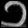
Digit: ၁